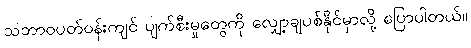
သဘာဝပတ်ဝန်းကျင် ပျက်စီးမှုတွေကို လျှော့ချပစ်နိုင်မှာလို့ ပြောပါတယ်။